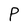
Character: P